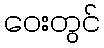
ဝေးတွင်